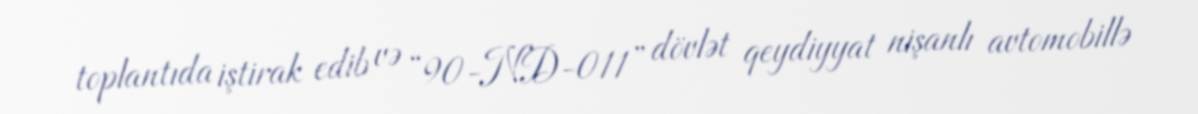
toplantıda iştirak edib və “90-ND-011” dövlət qeydiyyat nişanlı avtomobillə